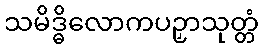
သမိဒ္ဓိလောကပဉှာသုတ္တံ